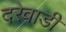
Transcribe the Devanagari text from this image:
दरेवाडी